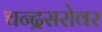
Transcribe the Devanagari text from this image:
चन्द्रसरोवर